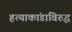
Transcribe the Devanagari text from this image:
हत्याकांडाविरुद्ध